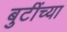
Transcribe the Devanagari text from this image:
बुटींच्या